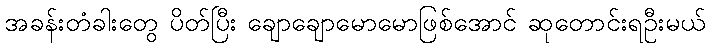
အခန်းတံခါးတွေ ပိတ်ပြီး ချောချောမောမောဖြစ်အောင် ဆုတောင်းရဦးမယ်